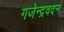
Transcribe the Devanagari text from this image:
गजेन्द्रवदनं